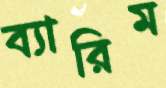
ব্যারিম